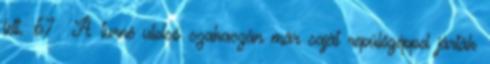
lett. 67 A turné utolsó szakaszán már saját repülőgéppel járták